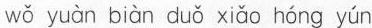
wǒ yuàn biàn duǒ xiǎo hóng yún